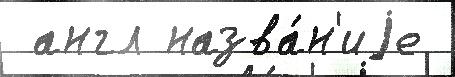
 англ назва́н'иjе